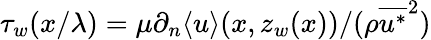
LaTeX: \tau_{w}(x/\lambda)=\mu\partial_{n}\langle u\rangle(x,z_{w}(x))/(\rho\overline{{u^{*}}}^{2})